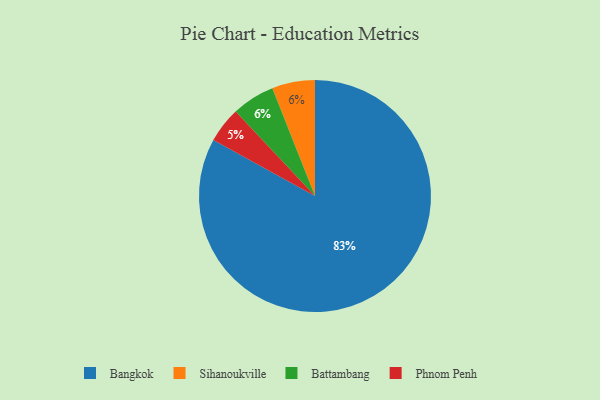
{"axis": {"x": "Category", "y": "Percentage"}, "legend": ["Bangkok", "Battambang", "Phnom Penh", "Sihanoukville"], "data": [{"x": "Sihanoukville", "y": 6, "type": "Sihanoukville"}, {"x": "Phnom Penh", "y": 5, "type": "Phnom Penh"}, {"x": "Bangkok", "y": 83, "type": "Bangkok"}, {"x": "Battambang", "y": 6, "type": "Battambang"}]}